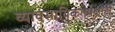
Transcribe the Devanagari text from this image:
व्यावसायिकतेपेक्षाही